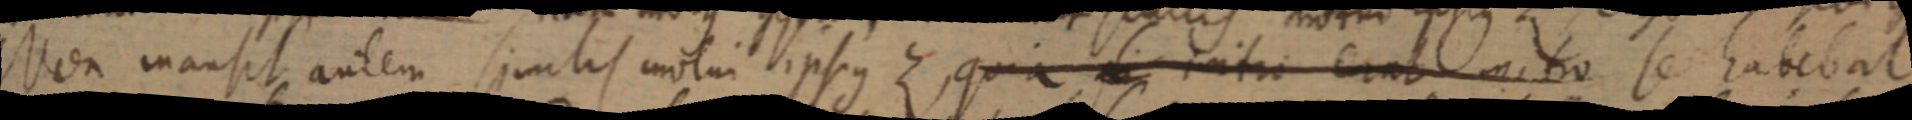
Non mansit autem simlis molum ipsius Z, quia ratio erat nitro se habebat